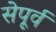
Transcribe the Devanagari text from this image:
सेपूर्व